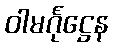
ဝါမင်္ဂုဋ္ဌေန